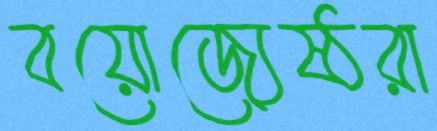
বয়োজ্যেষ্ঠরা